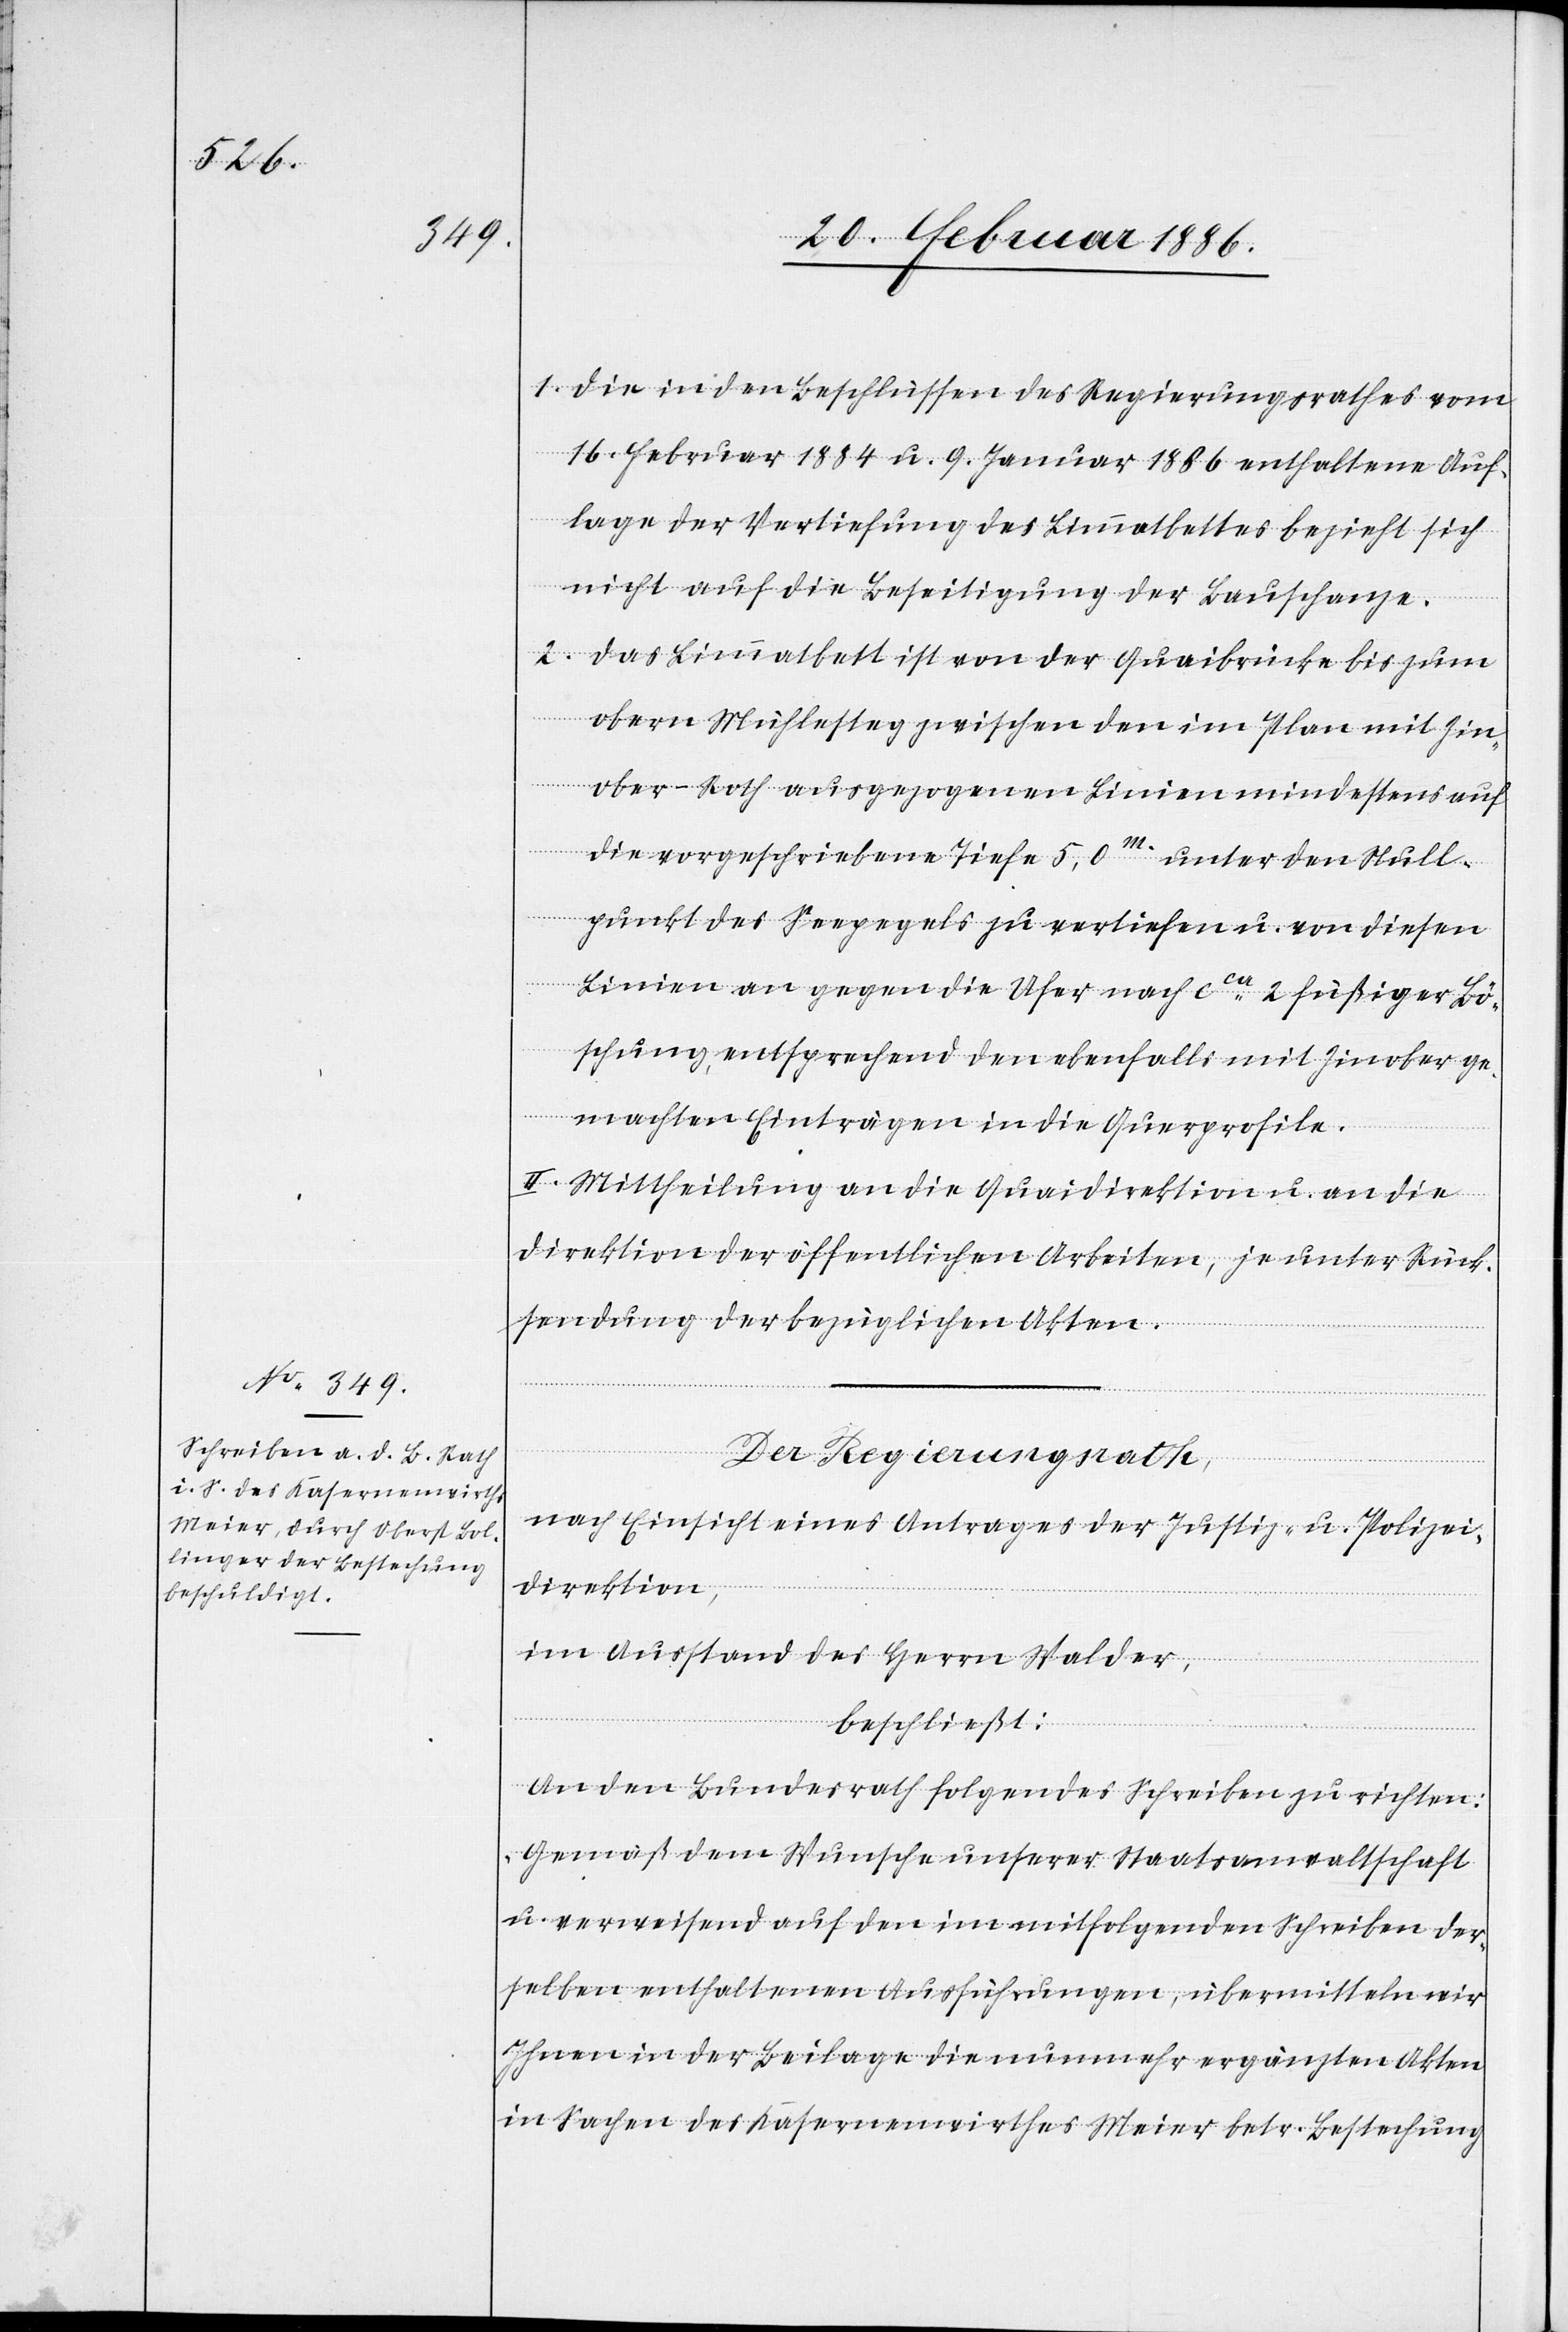
1. Die in den Beschlüssen des Regierungsrathes vom
16. Februar 1884 u. 9. Januar 1886 enthaltenen Auf¬
lage der Vertiefung des Limmatbettes bezieht sich
nicht auf die Beseitigung der Bauschanze.
2. Das Limmatbett ist von der Quaibrücke bis zum
obern Mühlesteg zwischen den im Plan mit Zin¬
ober-Roth ausgezogenen Linien mindestens auf
die vorgeschrieben Tiefe 5,0m. unter den Null¬
punkt des Seepegels zu vertiefen u. von diesen
Linie an gegen die Ufer nach cca 2 füßiger Bö¬
schung, entsprechend den ebenfalls mit Zinober ge¬
machten Einträgen in die Querprofile.
II. Mittheilung an die Quaidirektion u. an die
Direktion der öffentlichen Arbeiten, je unter Rück¬
sendung der bezüglichen Akten.
Der Regierungsrath,
nach Einsicht eines Antrages der Justiz- u. Polizei¬
direktion,
im Ausstand des Herrn Walder,
beschließt:
An den Bundesrath folgendes Schreiben zu richten:
Gemäß dem Wunsche unserer Staatsanwaltschaft
u. verweisend auf den im mitfolgenden Schreiben der¬
selben enthaltenen Ausführungen, übermitteln wir
Ihnen in der Beilage die nunmehr ergänzten Akten
in Sachen des Kasernenwirthes Meier betr. Bestechung